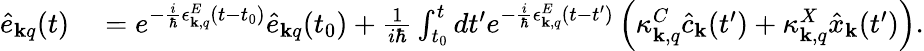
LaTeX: \begin{array}{rl}{\hat{e}_{{\mathbf k}q}(t)}&{{}=e^{-\frac{i}{\hbar}\epsilon_{{\mathbf k},q}^{E}(t-t_{0})}\hat{e}_{{\mathbf k}q}(t_{0})+\frac{1}{i\hbar}\int_{t_{0}}^{t}dt^{\prime}e^{-\frac{i}{\hbar}\epsilon_{{\mathbf k},q}^{E}(t-t^{\prime})}\left(\kappa_{{\mathbf k},q}^{C}\hat{c}_{{\mathbf k}}(t^{\prime})+\kappa_{{\mathbf k},q}^{X}\hat{x}_{{\mathbf k}}(t^{\prime})\right).}\end{array}